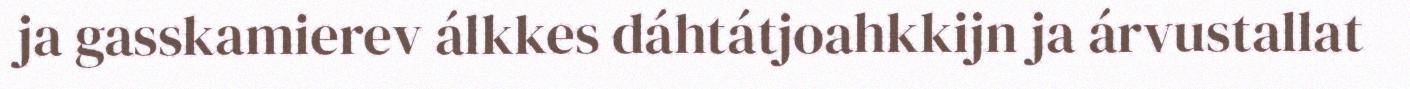
ja gasskamierev álkkes dáhtátjoahkkijn ja árvustallat